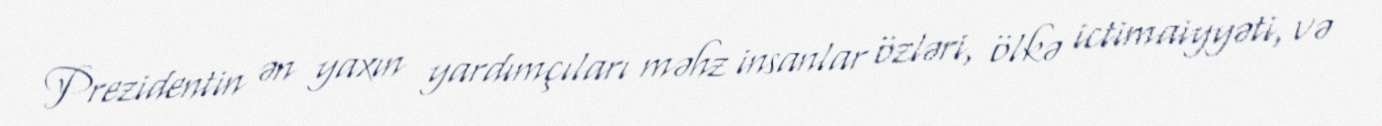
Prezidentin ən yaxın yardımçıları məhz insanlar özləri, ölkə ictimaiyyəti, və